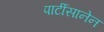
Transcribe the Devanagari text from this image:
पार्टीसानेन